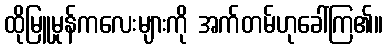
ထိုမြူမှုန်ကလေးများကို အက်တမ်ဟုခေါ်ကြ၏။